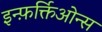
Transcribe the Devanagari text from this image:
इन्फ़र्क्तिओन्स